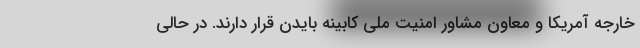
خارجه آمریکا و معاون مشاور امنیت ملی کابینه بایدن قرار دارند. در حالی